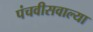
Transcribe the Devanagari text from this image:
पंचवीसवाल्या